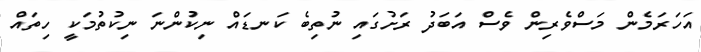
އަހަރަމެން މަސްވެރިން ވެސް އަބަދު ރަށުގައި ނުތިބެ ކަނޑައް ނިކުންނަ ނިކުތުމަކީ ހިތައް